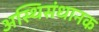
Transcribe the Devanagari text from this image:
अस्थिसंधानक